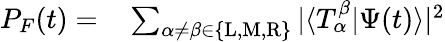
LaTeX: \begin{array}{rl}{P_{F}(t)=}&{{}\sum_{\alpha\neq\beta\in\{ \mathrm{L},\mathrm{M},\mathrm{R}\} }|\langle T_{\alpha}^{\beta}|\Psi(t)\rangle|^{2}}\end{array}